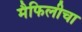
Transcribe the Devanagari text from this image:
मैफिलीचा